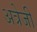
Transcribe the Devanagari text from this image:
अत्रेजी